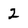
Character: 2